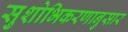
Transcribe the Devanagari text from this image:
सुशोभिकरणानुसार